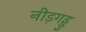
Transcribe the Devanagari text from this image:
नीड़गड्डु